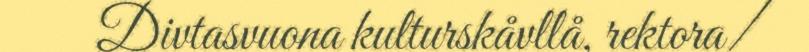
Divtasvuona kulturskåvllå, rektora/